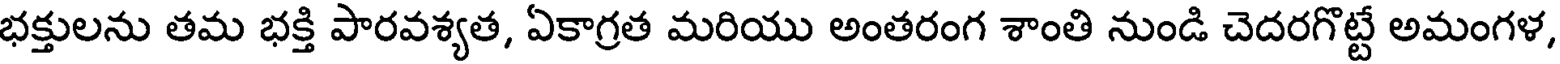
భక్తులను తమ భక్తి పారవశ్యత, ఏకాగ్రత మరియు అంతరంగ శాంతి నుండి చెదరగొట్టే అమంగళ,